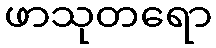
ဖာသုတရော